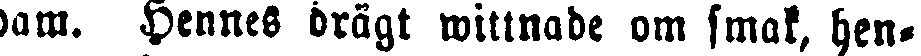
dam. Hennes drägt wittnade om smak, hen-